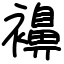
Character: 襣